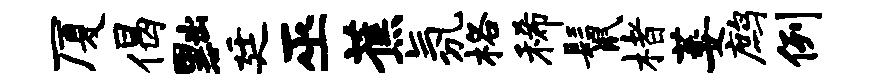
厦偈黜廷巫蕉氛格稀鬣楮萎鹧例